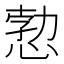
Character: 愂